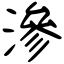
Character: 滲